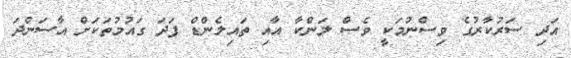
އަދި ސަރުކާރުގެ ވިސްނުމަކީ ވެސް ލަންކާ އާއި ތައިލެންޑް ފަދަ ގައުމުތަކަށް އާސަންދަ